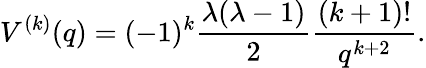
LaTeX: V^{(k)}(q)=(-1)^{k}\frac{\lambda(\lambda-1)}{2}\frac{(k+1)!}{q^{k+2}}.